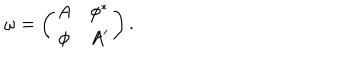
\omega = \left( \begin{array} { c c } { { A } } & { { \phi ^ { * } } } \\ { { \phi } } & { { A ^ { \prime } } } \\ \end{array} \right) .